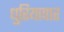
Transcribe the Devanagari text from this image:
धुरियापार